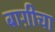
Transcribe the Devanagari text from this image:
बाग़ीचा